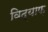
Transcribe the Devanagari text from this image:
विद्याफ़